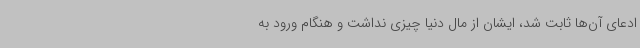
ادعای آن‌ها ثابت شد، ایشان از مال دنیا چیزی نداشت و هنگام ورود به